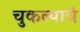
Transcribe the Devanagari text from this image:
चुकल्याचे